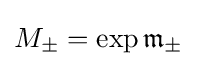
M_{\pm }=\exp {\mathfrak {m}}_{\pm }